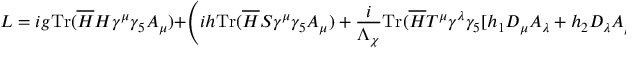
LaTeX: { \cal L } = i g { \mathrm { T r } } ( \overline { { { H } } } H \gamma ^ { \mu } \gamma _ { 5 } { \cal A } _ { \mu } ) + \left( i h { \mathrm { T r } } ( \overline { { { H } } } S \gamma ^ { \mu } \gamma _ { 5 } { \cal A } _ { \mu } ) + \frac { i } { \Lambda _ { \chi } } { \mathrm { T r } } ( \overline { { { H } } } T ^ { \mu } \gamma ^ { \lambda } \gamma _ { 5 } [ h _ { 1 } D _ { \mu } { \cal A } _ { \lambda } + h _ { 2 } D _ { \lambda } { \cal A } _ { \mu } ] ) + h . c . \right) ,